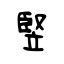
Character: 竪